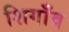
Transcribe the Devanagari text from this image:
शिगाँव